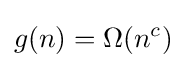
g(n)=\Omega (n^{c})